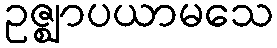
ဥဇ္ဈာပယာမသေ